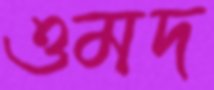
ওমদ